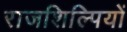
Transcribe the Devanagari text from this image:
राजशिल्पियों